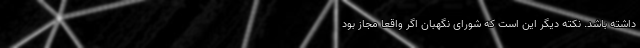
داشته باشد. نکته دیگر این است که شورای نگهبان اگر واقعاً مجاز بود